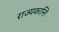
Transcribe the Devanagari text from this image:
राज्यकान्ति